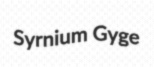
Syrnium Gyge